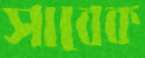
সাবেক